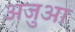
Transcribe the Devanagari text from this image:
अजुआ